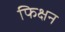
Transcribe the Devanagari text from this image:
फिक्षन